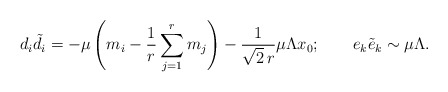
\begin{align*}d_i {\tilde d_i} = -\mu \left( m_i - \frac{1}{r}\sum_{j=1}^r m_j\right) - \frac{1}{\sqrt{2}\, r}\mu \Lambda x_{0}; \qquad e_k {\tilde e}_k \sim \mu \Lambda.\end{align*}